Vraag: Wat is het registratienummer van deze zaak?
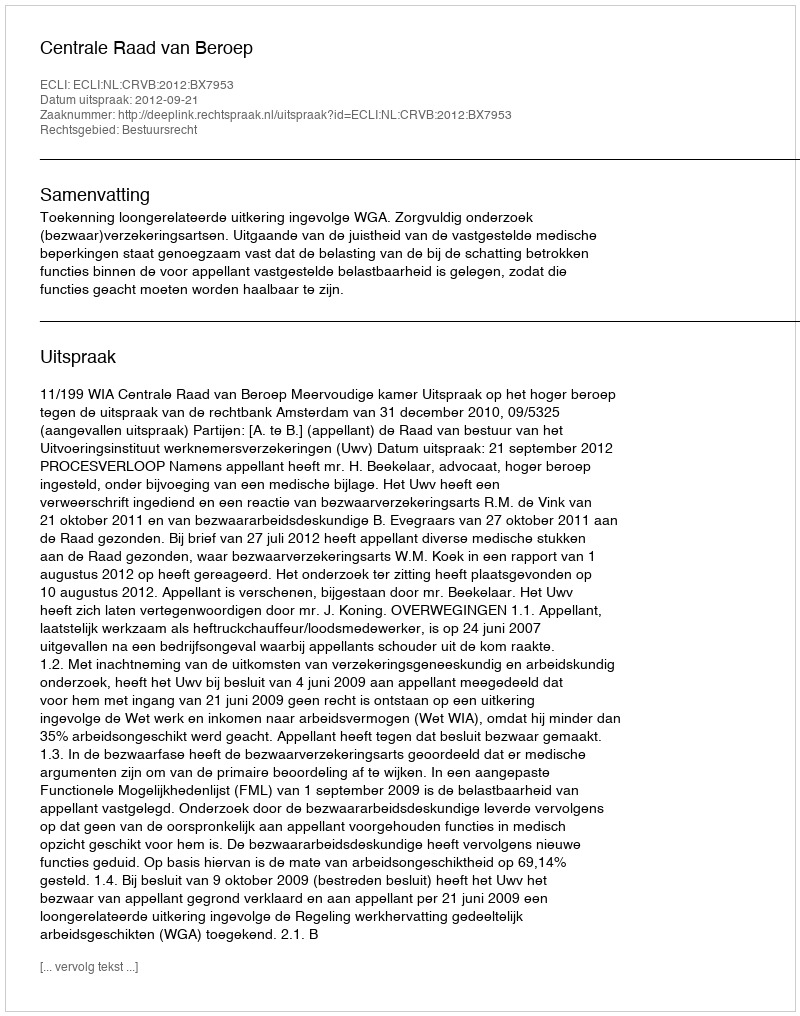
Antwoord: http://deeplink.rechtspraak.nl/uitspraak?id=ECLI:NL:CRVB:2012:BX7953